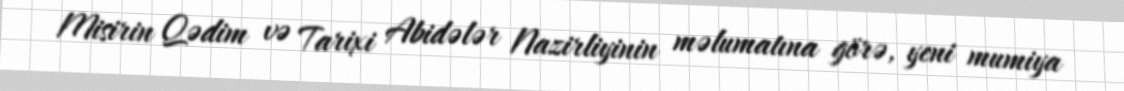
Misirin Qədim və Tarixi Abidələr Nazirliyinin məlumatına görə, yeni mumiya